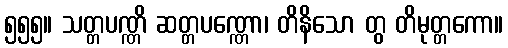
၅၅၅။ သတ္တပဏ္ဏိ ဆတ္တပဏ္ဏော၊ တိနိသော တွ တိမုတ္တကော။